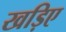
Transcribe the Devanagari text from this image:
खड़िए